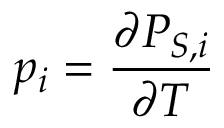
p _ { i } = { \frac { \partial P _ { S , i } } { \partial T } }